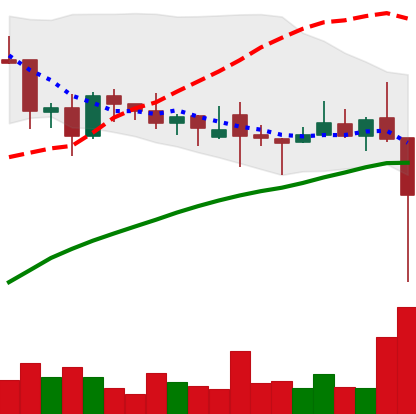
Ticker: XLM-USD
Chart end date: 2021-12-04
Forward return: -5.223%
Label: down_5_7